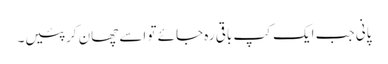
پانی جب ایک کپ باقی رہ جائے تو اسے چھان کر پئیں۔